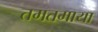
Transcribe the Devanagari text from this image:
तमतमाया